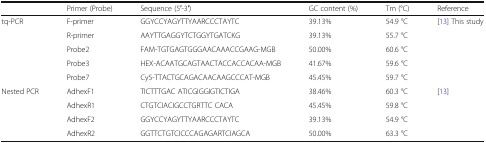
<table><thead><tr><td></td><td><b>Primer (Probe)</b></td><td><b>Sequence (5′-3′)</b></td><td><b>GC content (%)</b></td><td><b>Tm (°C)</b></td><td><b>Reference</b></td></tr></thead><tbody><tr><td rowspan="5">tq-PCR</td><td>F-primer</td><td>GGYCCYAGYTTYAARCCCTAYTC</td><td>39.13%</td><td>54.9 °C</td><td rowspan="5">[13] This study</td></tr><tr><td>R-primer</td><td>AAYTTGAGGYTCTGGYTGATCKG</td><td>39.13%</td><td>55.7 °C</td></tr><tr><td>Probe2</td><td>FAM-TGTGAGTGGGAACAAACCGAAG-MGB</td><td>50.00%</td><td>60.6 °C</td></tr><tr><td>Probe3</td><td>HEX-ACAATGCAGTAACTACCACCACAA-MGB</td><td>41.67%</td><td>59.6 °C</td></tr><tr><td>Probe7</td><td>Cy5-TTACTGCAGACAACAAGCCCAT-MGB</td><td>45.45%</td><td>59.7 °C</td></tr><tr><td rowspan="4">Nested PCR</td><td>AdhexF1</td><td>TICTTTGAC ATICGIGGIGTICTIGA</td><td>38.46%</td><td>60.3 °C</td><td rowspan="4">[13]</td></tr><tr><td>AdhexR1</td><td>CTGTCIACIGCCTGRTTC CACA</td><td>45.45%</td><td>59.8 °C</td></tr><tr><td>AdhexF2</td><td>GGYCCYAGYTTYAARCCCTAYTC</td><td>39.13%</td><td>54.9 °C</td></tr><tr><td>AdhexR2</td><td>GGTTCTGTCICCCAGAGARTCIAGCA</td><td>50.00%</td><td>63.3 °C</td></tr></tbody></table>